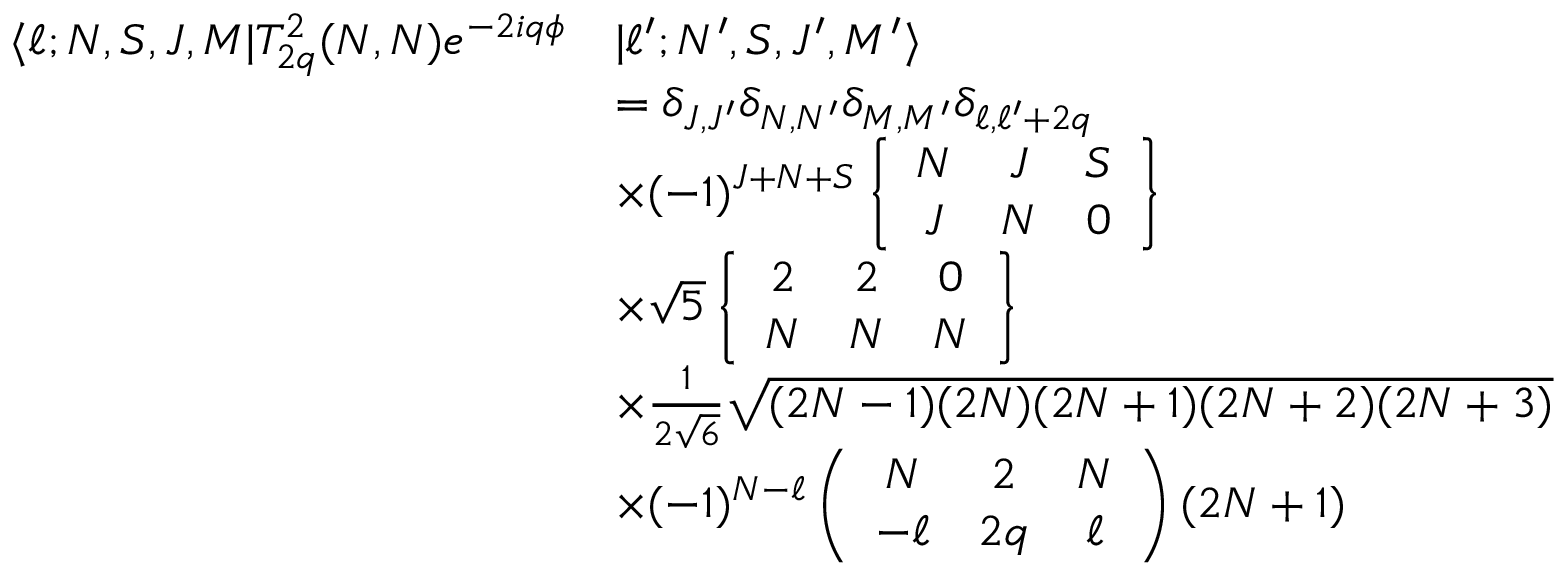
\begin{array} { r l } { \langle \ell ; N , S , J , M | T _ { 2 q } ^ { 2 } ( N , N ) e ^ { - 2 i q \phi } } & { | \ell ^ { \prime } ; N ^ { \prime } , S , J ^ { \prime } , M ^ { \prime } \rangle } \\ & { = \delta _ { J , J ^ { \prime } } \delta _ { N , N ^ { \prime } } \delta _ { M , M ^ { \prime } } \delta _ { \ell , \ell ^ { \prime } + 2 q } } \\ & { \times ( - 1 ) ^ { J + N + S } \left\{ \begin{array} { c c c } { N } & { J } & { S } \\ { J } & { N } & { 0 } \end{array} \right\} } \\ & { \times \sqrt { 5 } \left\{ \begin{array} { c c c } { 2 } & { 2 } & { 0 } \\ { N } & { N } & { N } \end{array} \right\} } \\ & { \times \frac { 1 } { 2 \sqrt { 6 } } \sqrt { ( 2 N - 1 ) ( 2 N ) ( 2 N + 1 ) ( 2 N + 2 ) ( 2 N + 3 ) } } \\ & { \times ( - 1 ) ^ { N - \ell } \left( \begin{array} { c c c } { N } & { 2 } & { N } \\ { - \ell } & { 2 q } & { \ell } \end{array} \right) ( 2 N + 1 ) } \end{array}